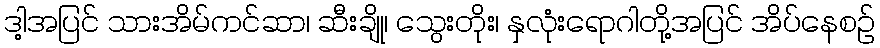
ဒါ့အပြင် သားအိမ်ကင်ဆာ၊ ဆီးချို၊ သွေးတိုး၊ နှလုံးရောဂါတို့အပြင် အိပ်နေစဥ်